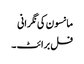
مانسون کی نگرانی
فل برائٹ ۔